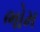
ભોમ